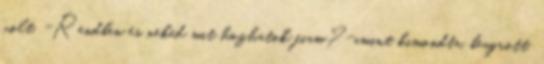
volt. -Rendben és neked mit hozhatok fiam?-amint kimondta, beugrott.